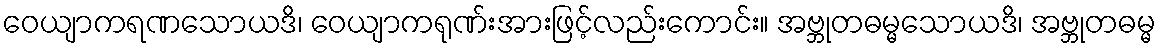
ဝေယျာကရဏသောယဒိ၊ ဝေယျာကရုဏ်းအားဖြင့်လည်းကောင်း။ အဗ္ဘုတဓမ္မသောယဒိ၊ အဗ္ဘုတဓမ္မ